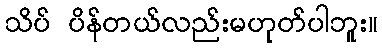
သိပ် ပိန်တယ်လည်းမဟုတ်ပါဘူး။